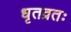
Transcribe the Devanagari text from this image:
धृतव्रतः